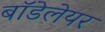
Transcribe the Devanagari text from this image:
बॉडेलेयर